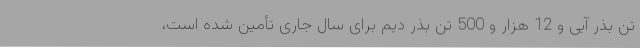
تن بذر آبی و 12 هزار و 500 تن بذر دیم برای سال جاری تأمین شده است،